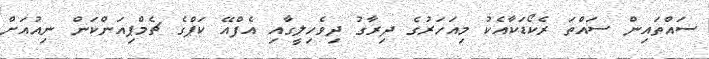
ސައްތައިން ސައްތަ ރެކޯޑަކާއެކު މިއަހަރުގެ ދިރާގު ދިވެހިލީގާއި އެފްއޭ ކަޕްގެ ޗެމްޕިއަންކަން ނިއުއަށް